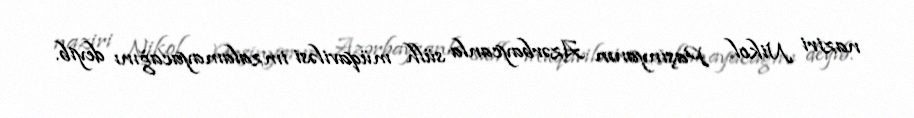
naziri Nikol Paşinyanın Azərbaycanla sülh müqaviləsi imzalamayacağını deyib.